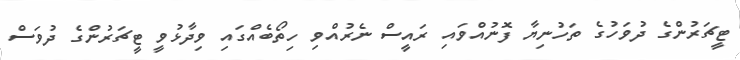
ޓީޗަރުންގެ ދުވަހުގެ ތަހުނިޔާ ފޮނުއްވައި ރައީސް ނެރުއްވި ހިތޯބެއްގައި ވިދާޅުވީ ޓީޗަރުންގެ ދުވަސް